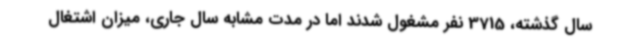
سال گذشته، 3715 نفر مشغول شدند اما در مدت مشابه سال جاری، میزان اشتغال